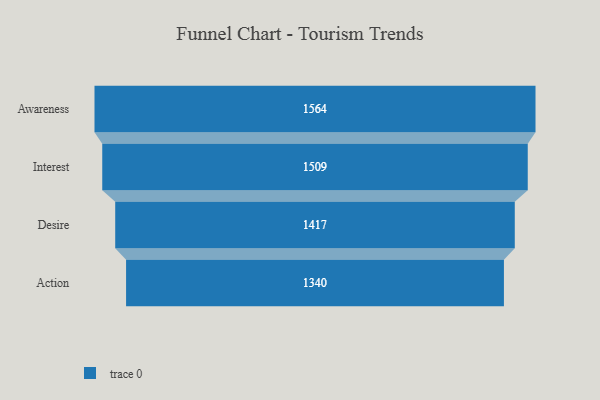
{"axis": {"x": "Stage", "y": "Value"}, "legend": [""], "data": [{"x": "Awareness", "y": 1564.0, "type": ""}, {"x": "Interest", "y": 1509.0, "type": ""}, {"x": "Desire", "y": 1417.0, "type": ""}, {"x": "Action", "y": 1340.0, "type": ""}]}